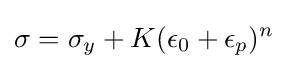
\sigma =\sigma _{y}+K(\epsilon _{0}+\epsilon _{p})^{n}\,\!